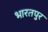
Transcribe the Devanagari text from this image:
भारतपुर